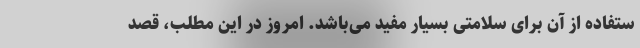
ستفاده از آن برای سلامتی بسیار مفید می‌باشد. امروز در این مطلب، قصد